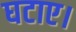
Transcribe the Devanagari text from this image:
घटाए।